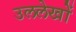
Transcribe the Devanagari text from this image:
उललेखों